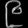
Digit: ၉